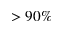
> 9 0 \%